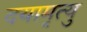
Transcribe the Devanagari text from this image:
दयामृत्यु